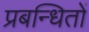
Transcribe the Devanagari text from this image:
प्रबन्धितों